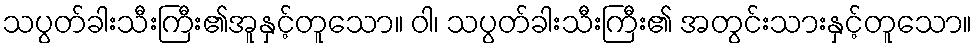
သပွတ်ခါးသီးကြီး၏အူနှင့်တူသော။ ဝါ၊ သပွတ်ခါးသီးကြီး၏ အတွင်းသားနှင့်တူသော။